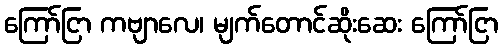
ကြော်ငြာ ကဗျာလေ၊ မျက်တောင်ဆိုးဆေး ကြော်ငြာ